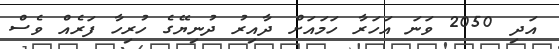
އަދި 2050 ވަނަ އަހަރާ ހަމައަށް ދާއިރު ދުނިޔޭގެ ހުރިހާ ފަރެއް ވެސް